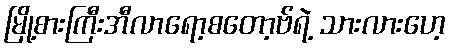
မြို့စားကြီးအီလာရော့စတော့ဗ်ရဲ့ သားလားဟေ့